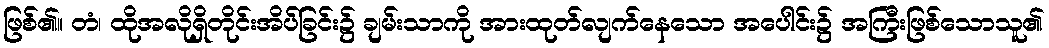
ဖြစ်၏။ တံ၊ ထိုအလိုရှိတိုင်းအိပ်ခြင်း၌ ချမ်းသာကို အားထုတ်လျက်နေသော အပေါင်း၌ အကြီးဖြစ်သောသူ၏